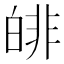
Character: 𤾅